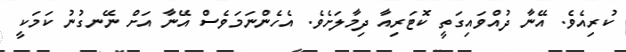
ކުރިއެވެ. އޭނާ ދުއްވައިގަތީ ކޮޓަރިއާ ދިމާލަށެވެ. އެހެންނަމަވެސް އޭނާ އަށް ނޭނގުނު ކަމަކީ